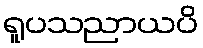
ရူပသညာယပိ